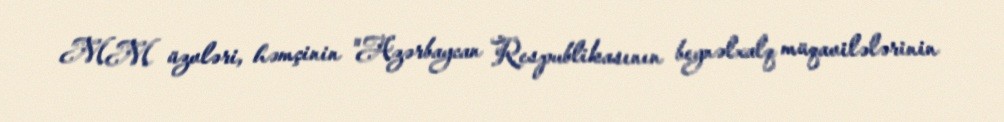
MM üzvləri, həmçinin "Azərbaycan Respublikasının beynəlxalq müqavilələrinin